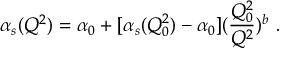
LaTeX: \alpha _ { s } ( Q ^ { 2 } ) = \alpha _ { 0 } + [ \alpha _ { s } ( Q _ { 0 } ^ { 2 } ) - \alpha _ { 0 } ] ( { \frac { Q _ { 0 } ^ { 2 } } { Q ^ { 2 } } } ) ^ { b } ~ .